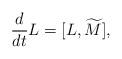
LaTeX: \begin{align*} {d\over dt}{L}=[L,\widetilde{M}],\end{align*}